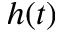
h ( t )